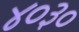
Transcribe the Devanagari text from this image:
४०३०